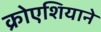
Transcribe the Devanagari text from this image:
क्रोएशियाने